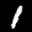
Label: 1